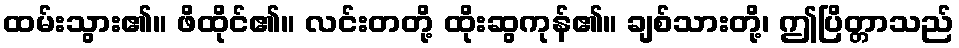
ထမ်းသွား၏။ ဖိထိုင်၏။ လင်းတတို့ ထိုးဆွကုန်၏။ ချစ်သားတို့၊ ဤပြိတ္တာသည်